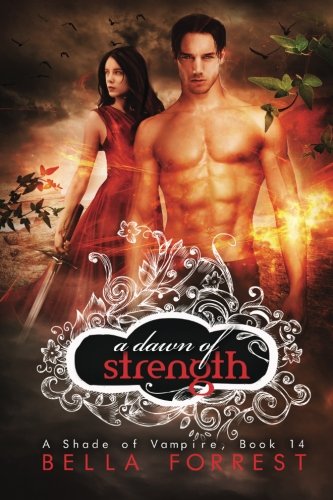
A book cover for A Shade of Vampire 14: A Dawn of Strength (Volume 14); Bella Forrest; Romance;